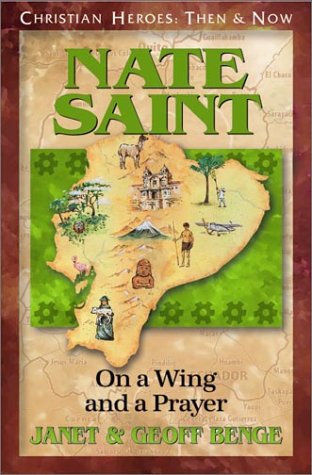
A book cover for Nate Saint: On a Wing and a Prayer (Christian Heroes: Then & Now); Janet Benge; Children's Books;